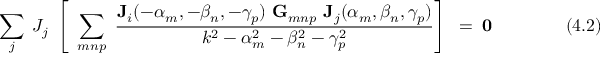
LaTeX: ~ \sum _ { j } ~ J _ { j } ~ \left[ ~ \sum _ { m n p } ~ { \frac { \mathbf { J } _ { i } ( - \alpha _ { m } , - \beta _ { n } , - \gamma _ { p } ) ~ \mathbf { G } _ { m n p } ~ \mathbf { J } _ { j } ( \alpha _ { m } , \beta _ { n } , \gamma _ { p } ) } { k ^ { 2 } - \alpha _ { m } ^ { 2 } - \beta _ { n } ^ { 2 } - \gamma _ { p } ^ { 2 } } } \right] ~ = ~ \mathbf { 0 } ~ ~ ~ ~ ~ ~ ~ ~ ~ ~ ~ ~ ~ ~ ~ ( 4 . 2 )